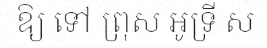
ឱ្យ ទៅ ព្រុស អូទ្រី ស